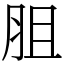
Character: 䏣